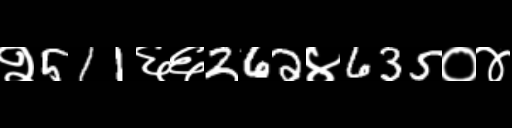
Text: २511६६262४635०४